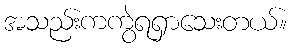
အသည်းကကွဲရရှာသေးတယ်။